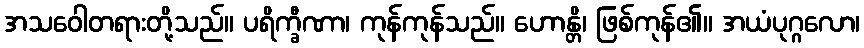
အသဝေါတရားတို့သည်။ ပရိက္ခီဏာ၊ ကုန်ကုန်သည်။ ဟောန္တိ၊ ဖြစ်ကုန်၏။ အယံပုဂ္ဂလော၊